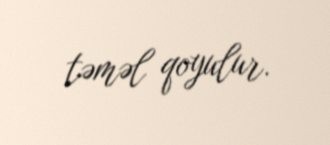
təməl qoyulur.